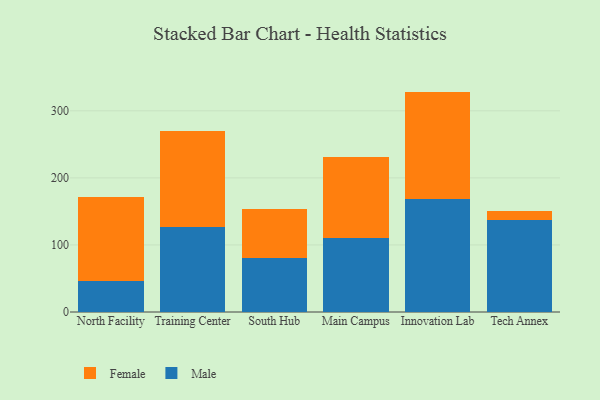
{"axis": {"x": "Campus", "y": "Budget (USD K)"}, "legend": ["Female", "Male"], "data": [{"x": "North Facility", "y": 46.0, "type": "Male"}, {"x": "North Facility", "y": 125.2, "type": "Female"}, {"x": "Training Center", "y": 127.5, "type": "Male"}, {"x": "Training Center", "y": 142.7, "type": "Female"}, {"x": "South Hub", "y": 80.2, "type": "Male"}, {"x": "South Hub", "y": 73.9, "type": "Female"}, {"x": "Main Campus", "y": 110.5, "type": "Male"}, {"x": "Main Campus", "y": 120.6, "type": "Female"}, {"x": "Innovation Lab", "y": 169.1, "type": "Male"}, {"x": "Innovation Lab", "y": 159.6, "type": "Female"}, {"x": "Tech Annex", "y": 137.1, "type": "Male"}, {"x": "Tech Annex", "y": 13.9, "type": "Female"}]}